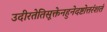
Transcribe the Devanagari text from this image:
उदीरतेतिसूक्तेनहुनेदष्टोत्तरंशतं